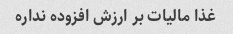
غذا مالیات بر ارزش افزوده نداره